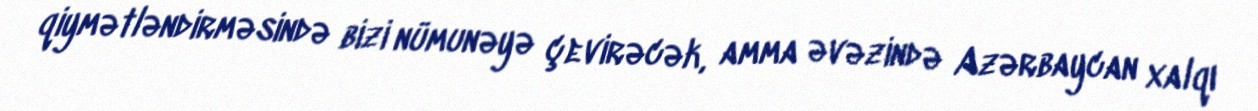
qiymətləndirməsində bizi nümunəyə çevirəcək, amma əvəzində Azərbaycan xalqı